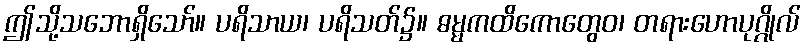
ဤသို့သဘောရှိသော်။ ပရိသာယ၊ ပရိသတ်၌။ ဓမ္မကထိကောတွေဝ၊ တရားဟောပုဂ္ဂိုလ်